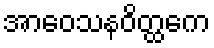
အာဝေသနဝိတ္ထကေ